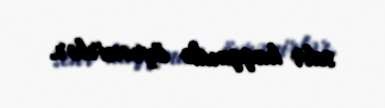
sehr haqqında öyrənirlər.